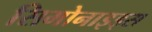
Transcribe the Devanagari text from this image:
सिमोनाइड्स